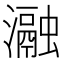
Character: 瀜